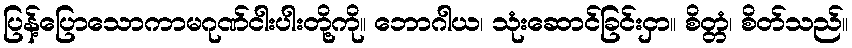
ပြန့်ပြောသောကာမဂုဏ်ငါးပါးတို့ကို။ ဘောဂါယ၊ သုံးဆောင်ခြင်းငှာ။ စိတ္တံ၊ စိတ်သည်။